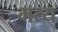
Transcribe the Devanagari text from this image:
भत्य